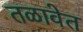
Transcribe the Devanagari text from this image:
तळावेत